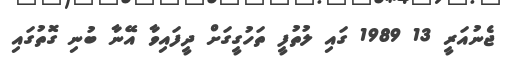
ޖެނުއަރީ 13 1989 ގައި ލުތުފީ ތަހުގީގަށް ދީފައިވާ އޭނާ ބުނި ގޮތުގައި